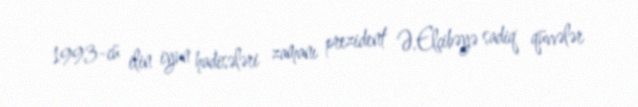
1993-cü ilin iyun hadisələri zamanı prezident Ə.Elçibəyə sadiq qüvvələr